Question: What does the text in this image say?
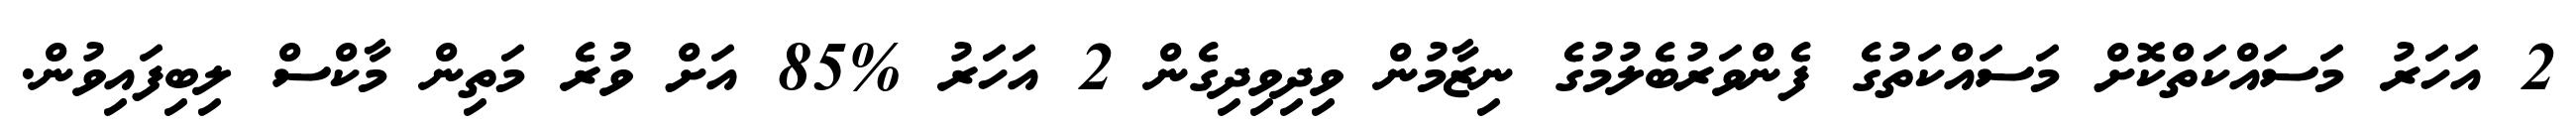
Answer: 2 އަހަރު މަސައްކަތްކޮށް މަސައްކަތުގެ ފެންވަރުބެލުމުގެ ނިޒާމުން ވިދިވިދިގެން 2 އަހަރު %85 އަށް ވުރެ މަތިން މާކްސް ލިބިފައިވުން.